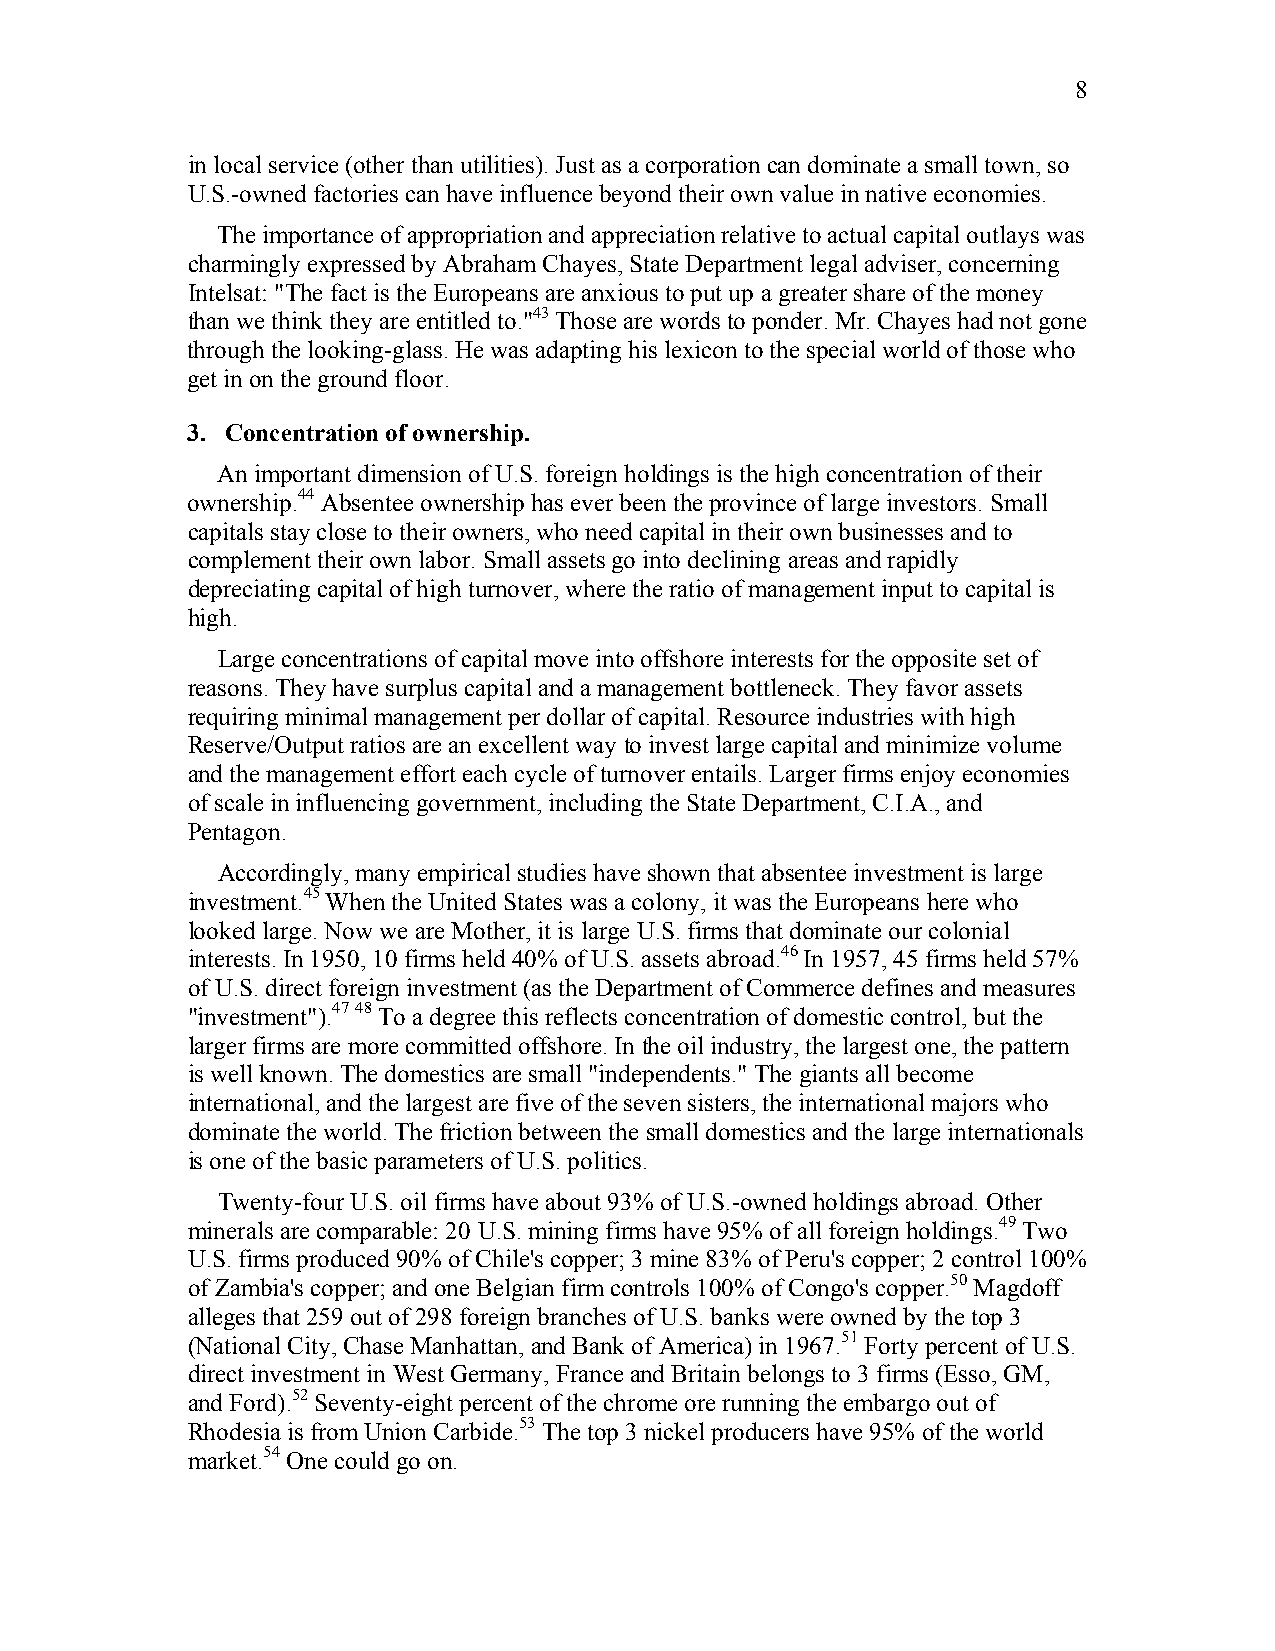
8
 in local service (other than utilities). Just as a corporation can dominate a small town, so
 U.S.-owned factories can have influence beyond their own value in native economies.
 The importance of appropriation and appreciation relative to actual capital outlays was
 charmingly expressed by Abraham Chayes, State Department legal adviser, concerning
 Intelsat: "The fact is the Europeans are anxious to put up a greater share of the money
 than we think they are entitled to."43 Those are words to ponder. Mr. Chayes had not gone
 through the looking-glass. He was adapting his lexicon to the special world of those who
 get in on the ground floor.
 3. Concentration of ownership.
 An important dimension of U.S. foreign holdings is the high concentration of their
 ownership.44 Absentee ownership has ever been the province of large investors. Small
 capitals stay close to their owners, who need capital in their own businesses and to
 complement their own labor. Small assets go into declining areas and rapidly
 depreciating capital of high turnover, where the ratio of management input to capital is
 high.
 Large concentrations of capital move into offshore interests for the opposite set of
 reasons. They have surplus capital and a management bottleneck. They favor assets
 requiring minimal management per dollar of capital. Resource industries with high
 Reserve/Output ratios are an excellent way to invest large capital and minimize volume
 and the management effort each cycle of turnover entails. Larger firms enjoy economies
 of scale in influencing government, including the State Department, C.I.A., and
 Pentagon.
 Accordingly, many empirical studies have shown that absentee investment is large
 investment.45 When the United States was a colony, it was the Europeans here who
 looked large. Now we are Mother, it is large U.S. firms that dominate our colonial
 interests. In 1950, 10 firms held 40% of U.S. assets abroad.46 In 1957, 45 firms held 57%
 of U.S. direct foreign investment (as the Department of Commerce defines and measures
 "investment").47 48 To a degree this reflects concentration of domestic control, but the
 larger firms are more committed offshore. In the oil industry, the largest one, the pattern
 is well known. The domestics are small "independents." The giants all become
 international, and the largest are five of the seven sisters, the international majors who
 dominate the world. The friction between the small domestics and the large internationals
 is one of the basic parameters of U.S. politics.
 Twenty-four U.S. oil firms have about 93% of U.S.-owned holdings abroad. Other
 minerals are comparable: 20 U.S. mining firms have 95% of all foreign holdings.49 Two
 U.S. firms produced 90% of Chile's copper; 3 mine 83% of Peru's copper; 2 control 100%
 of Zambia's copper; and one Belgian firm controls 100% of Congo's copper.50 Magdoff
 alleges that 259 out of 298 foreign branches of U.S. banks were owned by the top 3
 (National City, Chase Manhattan, and Bank of America) in 1967.51 Forty percent of U.S.
 direct investment in West Germany, France and Britain belongs to 3 firms (Esso, GM,
 and Ford).52 Seventy-eight percent of the chrome ore running the embargo out of
 Rhodesia is from Union Carbide.53 The top 3 nickel producers have 95% of the world
 market.54 One could go on.